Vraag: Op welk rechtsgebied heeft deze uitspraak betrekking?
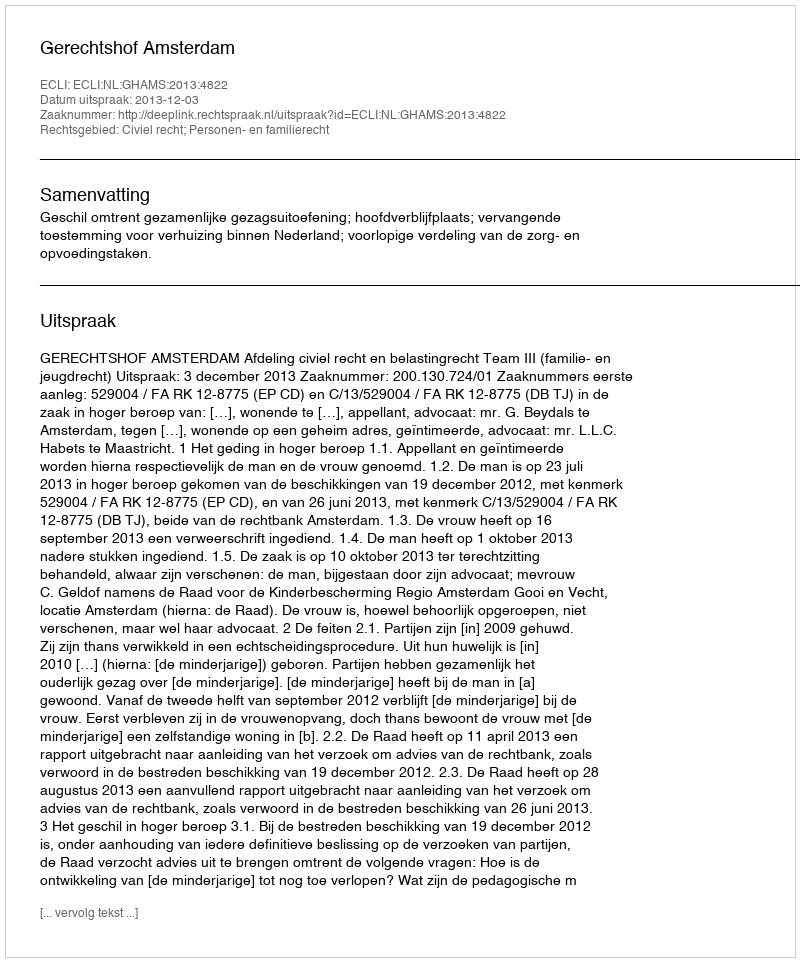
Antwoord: Civiel recht; Personen- en familierecht